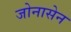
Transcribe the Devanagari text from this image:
जोनासेन